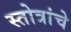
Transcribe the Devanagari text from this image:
स्तोत्रांचे